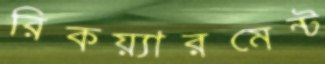
রিকয়্যারমেন্ট